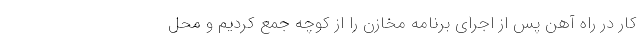
کار در راه آهن پس از اجرای برنامه مخازن را از کوچه جمع کردیم و محل